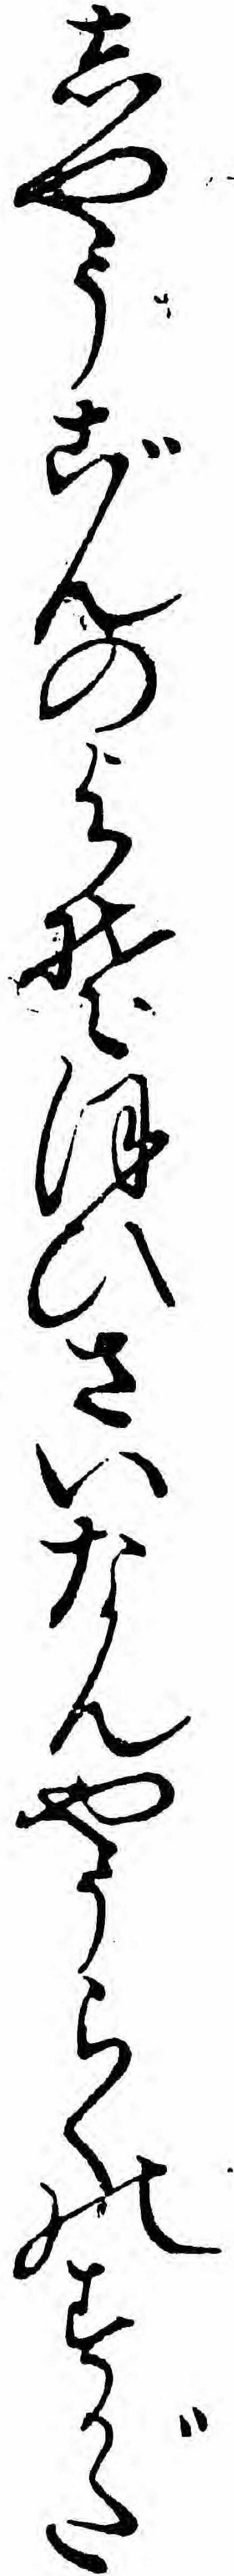
しやうごんのよそほひさいなんやうらくのすがた